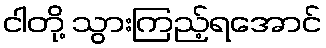
ငါတို့ သွားကြည့်ရအောင်